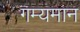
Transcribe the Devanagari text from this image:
गम्यमान